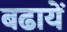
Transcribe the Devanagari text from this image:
बढायें